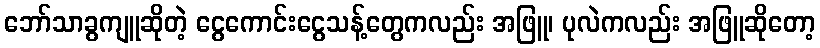
ဘော်သာခွကျူဆိုတဲ့ ငွေကောင်းငွေသန့်တွေကလည်း အဖြူ၊ ပုလဲကလည်း အဖြူဆိုတော့